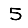
Digit: 5